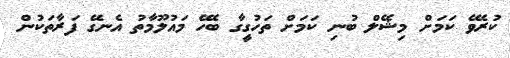
ކުރެވޭ ކަަމަށް މިޝޭލް ބުނި ކަމަށް ތަހުގީގާ ބެހޭ މައުލޫމާތު އެނގޭ ފަރާތަކުން